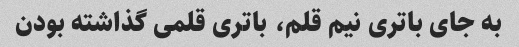
به جای باتری نیم قلم، باتری قلمی گذاشته بودن